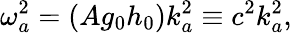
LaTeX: \omega_{a}^{2}=(Ag_{0}h_{0})k_{a}^{2}\equiv c^{2}k_{a}^{2},